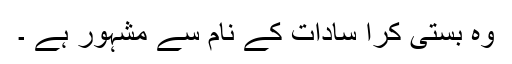
وہ بستی کرا سادات کے نام سے مشہور ہے ۔